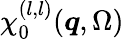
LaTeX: \chi_{0}^{(l,l)}(\boldsymbol{q},\Omega)